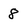
Character: 8